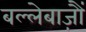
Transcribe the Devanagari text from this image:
बल्लेबाज़ौं